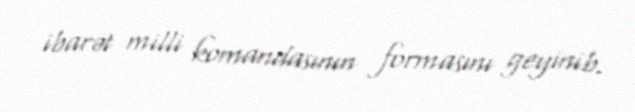
ibarət milli komandasının formasını geyinib.